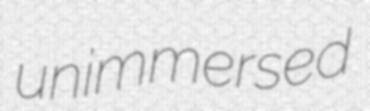
unimmersed